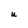
Character: U